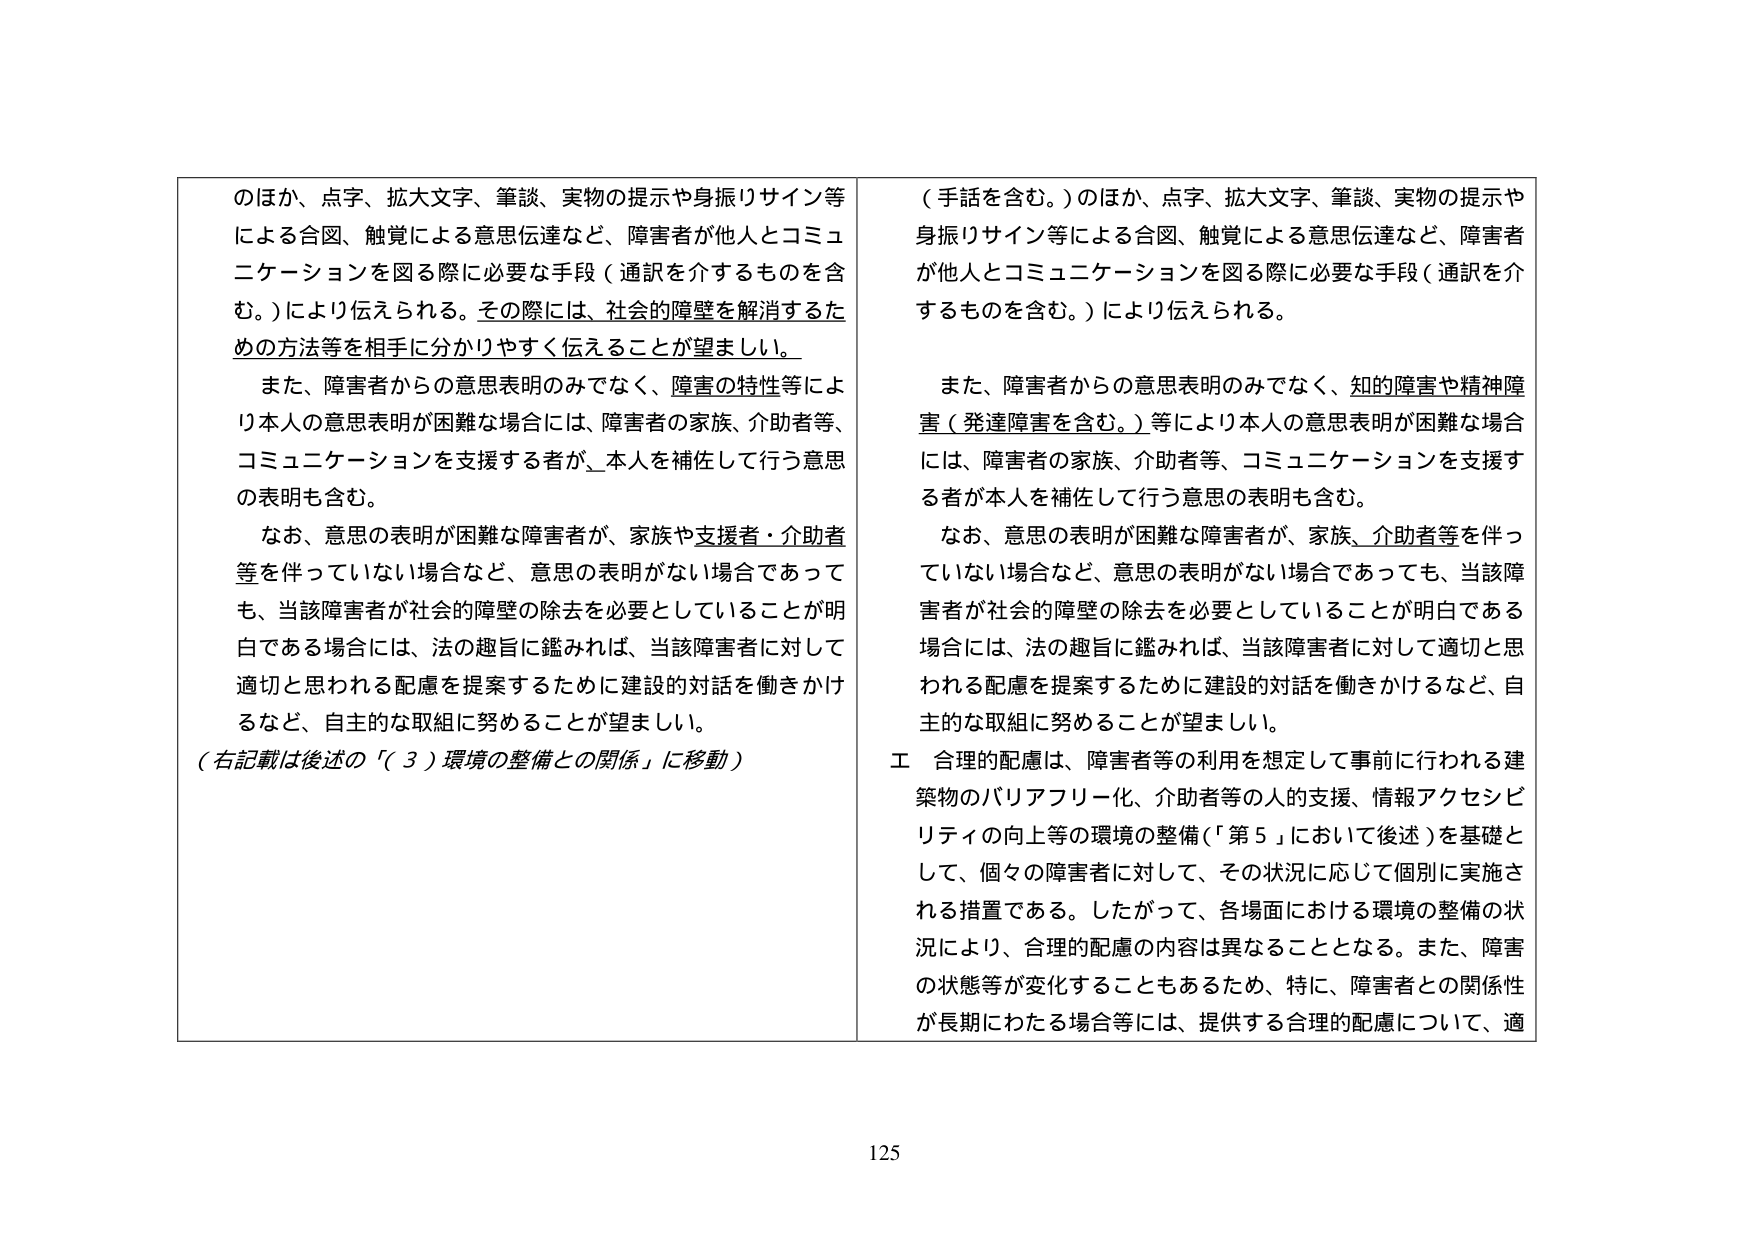
のほか、点字、拡大文字、筆談、実物の提示や身振りサイン等による合図、触覚による意思伝達など、障害者が他人とコミュニケーションを図る際に必要な手段（通訳を介するものを含む。）により伝えられる。その際には、社会的障壁を解消するための方法等を相手に分かりやすく伝えることが望ましい。

また、障害者からの意思表明のみでなく、障害の特性等により本人の意思表明が困難な場合には、障害者の家族、介助者等、コミュニケーションを支援する者が、本人を補佐して行う意思の表明も含む。

なお、意思の表明が困難な障害者が、家族や支援者・介助者等を伴っていない場合など、意思の表明がない場合であっても、当該障害者が社会的障壁の除去を必要としていることが明白である場合には、法の趣旨に鑑みれば、当該障害者に対して適切と思われる配慮を提案するために建設的対話を働きかけるなど、自主的な取組に努めることが望ましい。

（右記載は後述の「（３）環境の整備との関係」に移動）

（手話を含む。）のほか、点字、拡大文字、筆談、実物の提示や身振りサイン等による合図、触覚による意思伝達など、障害者が他人とコミュニケーションを図る際に必要な手段（通訳を介するものを含む。）により伝えられる。

また、障害者からの意思表明のみでなく、知的障害や精神障害（発達障害を含む。）等により本人の意思表明が困難な場合には、障害者の家族、介助者等、コミュニケーションを支援する者が本人を補佐して行う意思の表明も含む。

なお、意思の表明が困難な障害者が、家族、介助者等を伴っていない場合など、意思の表明がない場合であっても、当該障害者が社会的障壁の除去を必要としていることが明白である場合には、法の趣旨に鑑みれば、当該障害者に対して適切と思われる配慮を提案するために建設的対話を働きかけるなど、自主的な取組に努めることが望ましい。

エ 合理的配慮は、障害者等の利用を想定して事前に行われる建築物のバリアフリー化、介助者等の人的支援、情報アクセシビリティの向上等の環境の整備（「第５」において後述）を基礎として、個々の障害者に対して、その状況に応じて個別に実施される措置である。したがって、各場面における環境の整備の状況により、合理的配慮の内容は異なることとなる。また、障害の状態等が変化することもあるため、特に、障害者との関係性が長期にわたる場合等には、提供する合理的配慮について、適

125